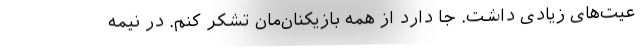
عیت‌های زیادی داشت. جا دارد از همه بازیکنان‌مان تشکر کنم. در نیمه